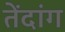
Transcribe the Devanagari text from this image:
तेंदांग